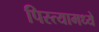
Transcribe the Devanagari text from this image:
पिस्त्यामध्ये